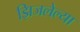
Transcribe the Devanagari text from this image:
झिजलेल्या